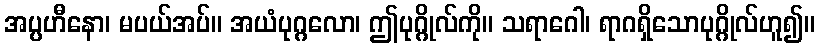
အပ္ပဟီနော၊ မပယ်အပ်။ အယံပုဂ္ဂလော၊ ဤပုဂ္ဂိုလ်ကို။ သရာဂေါ၊ ရာဂရှိသောပုဂ္ဂိုလ်ဟူ၍။